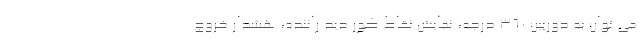
می توان به دوربین 360 درجه، نمایش نقاط کور دید راننده، هشدار خروج